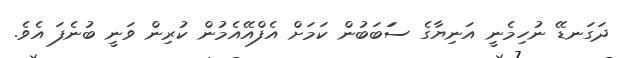
ދަގަނޑޭ ނުހިމެނީ އަނިޔާގެ ސަަބަބުން ކަމަށް އެފްއޭއެމުން ކުރިން ވަނީ ބުނެފަ އެވެ.